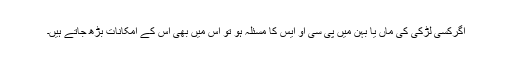
اگرکسی لڑکی کی ماں یا بہن میں پی سی او ایس کا مسئلہ ہو تو اس میں بھی اس کے امکانات بڑھ جاتے ہیں۔